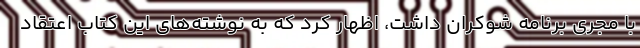
با مجری برنامه شوکران داشت، اظهار کرد که به نوشته‌های این کتاب اعتقاد